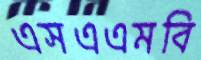
এসএএমবি